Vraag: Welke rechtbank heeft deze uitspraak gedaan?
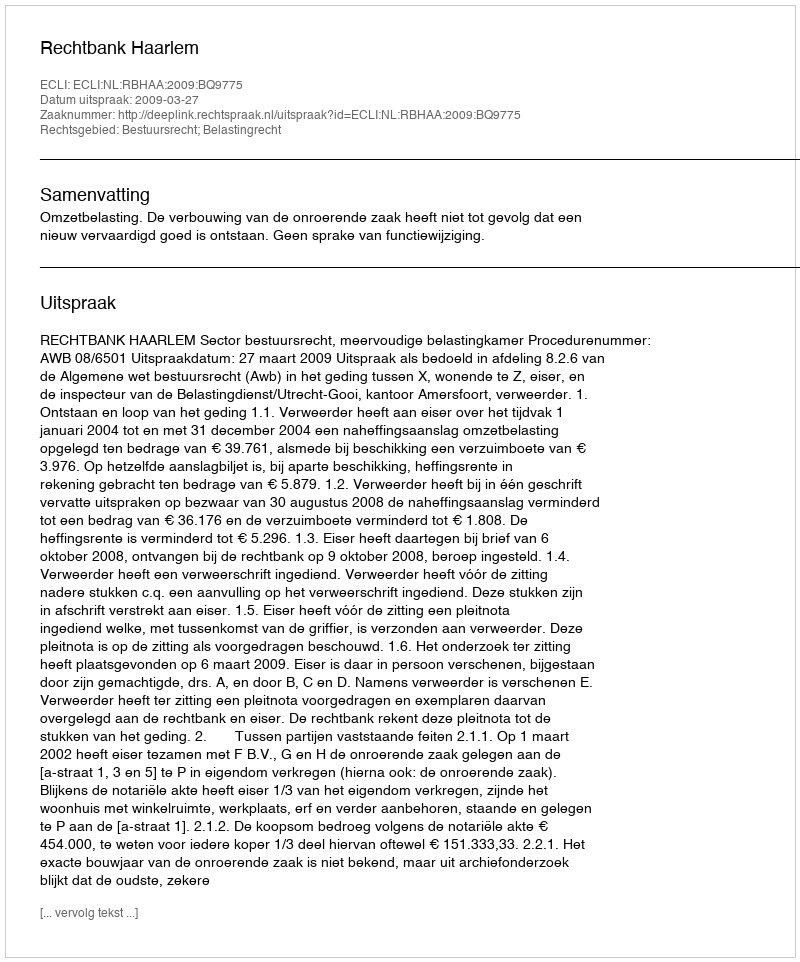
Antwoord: Rechtbank Haarlem